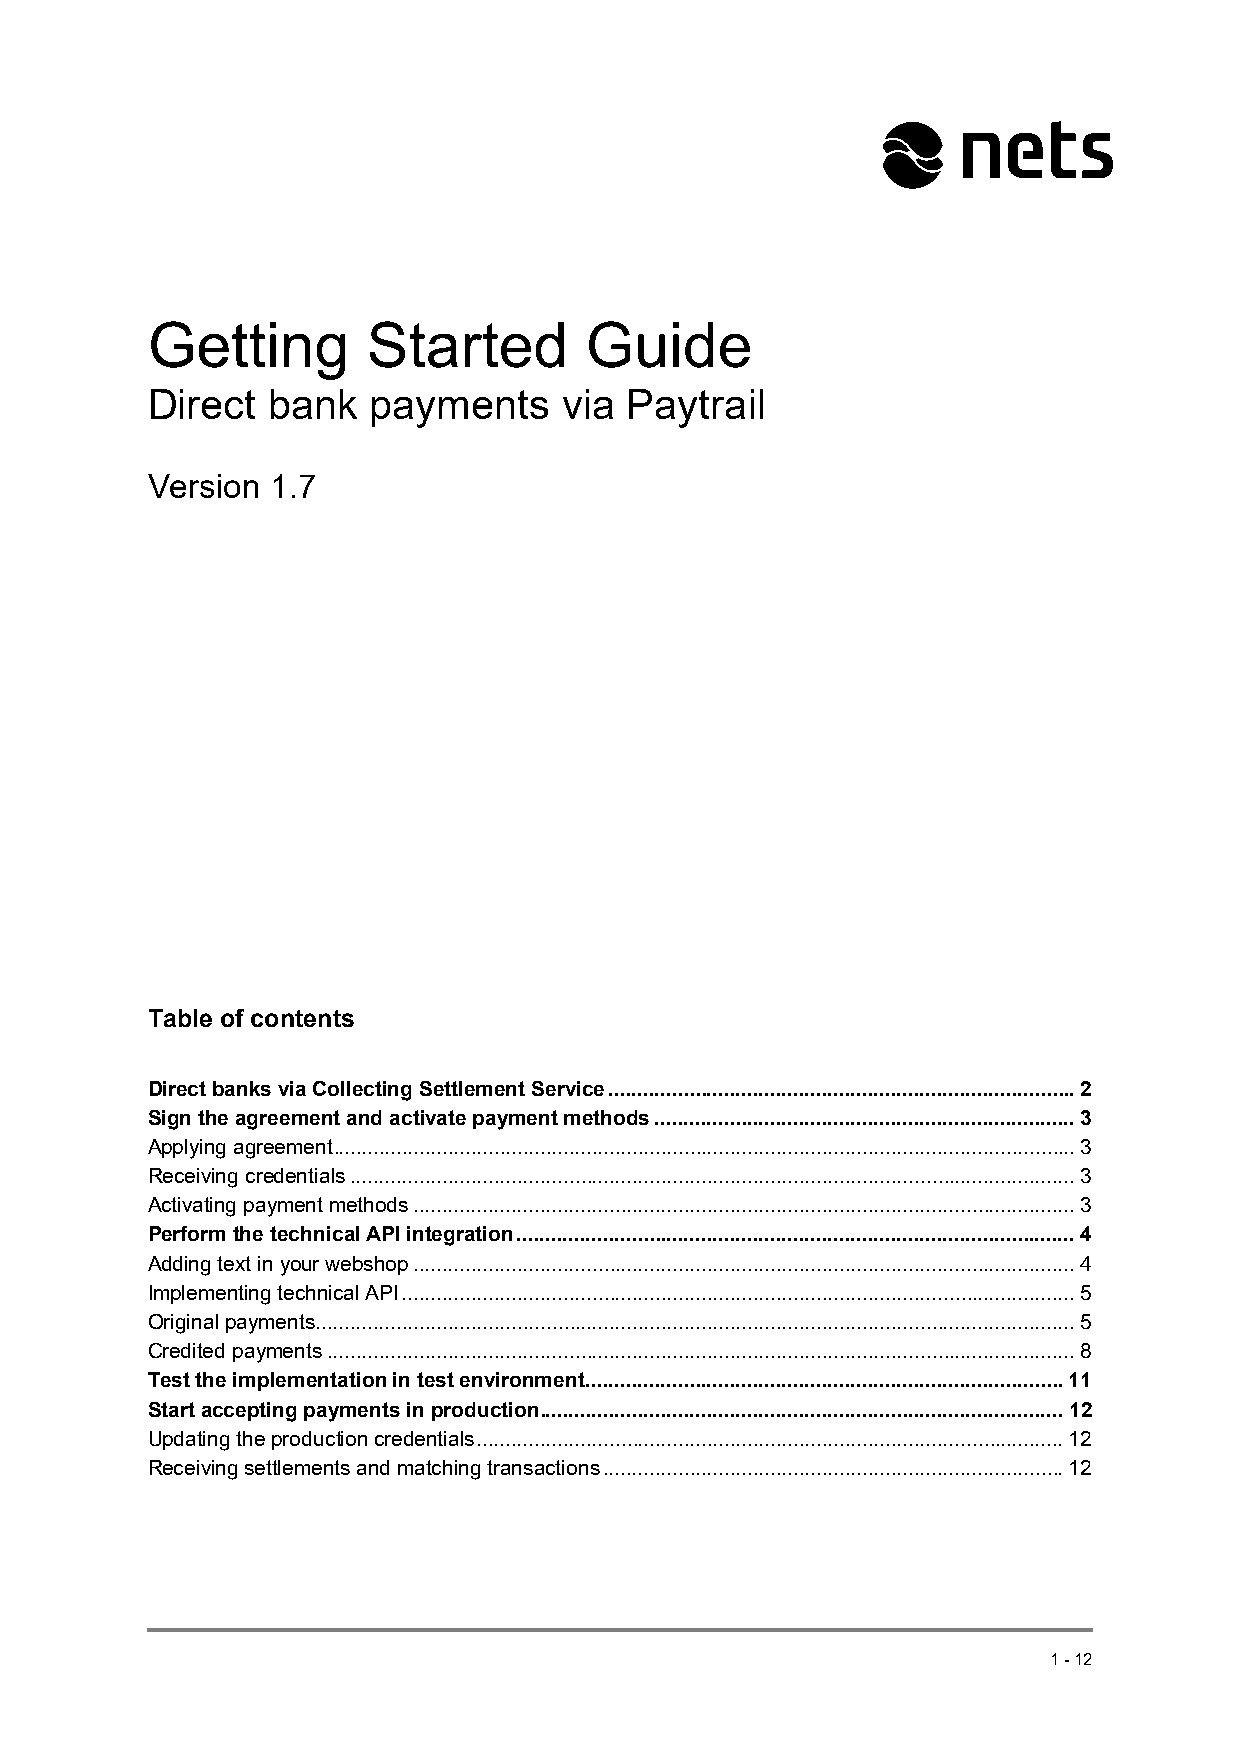
Getting       Started        Guide
 Direct  bank  payments     via  Paytrail
 Version 1.7
 Table of contents
 Direct banks via Collecting Settlement Service ................................................................................. 2
 Sign the agreement and activate payment methods ......................................................................... 3
 Applying agreement ................................................................................................................................. 3
 Receiving credentials .............................................................................................................................. 3
 Activating payment methods ................................................................................................................... 3
 Perform the technical API integration ................................................................................................. 4
 Adding text in your webshop ................................................................................................................... 4
 Implementing technical API ..................................................................................................................... 5
 Original payments .................................................................................................................................... 5
 Credited payments .................................................................................................................................. 8
 Test the implementation in test environment ................................................................................... 11
 Start accepting payments in production ........................................................................................... 12
 Updating the production credentials ...................................................................................................... 12
 Receiving settlements and matching transactions ................................................................................ 12
 1-12